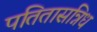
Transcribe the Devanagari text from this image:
पतितासन्निध